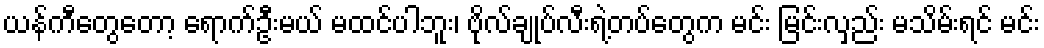
ယန်ကီတွေတော့ ရောက်ဦးမယ် မထင်ပါဘူး၊ ဗိုလ်ချုပ်လီးရဲ့တပ်တွေက မင်း မြင်းလှည်း မသိမ်းရင် မင်း